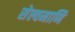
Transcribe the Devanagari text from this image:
सेल्वमाणि